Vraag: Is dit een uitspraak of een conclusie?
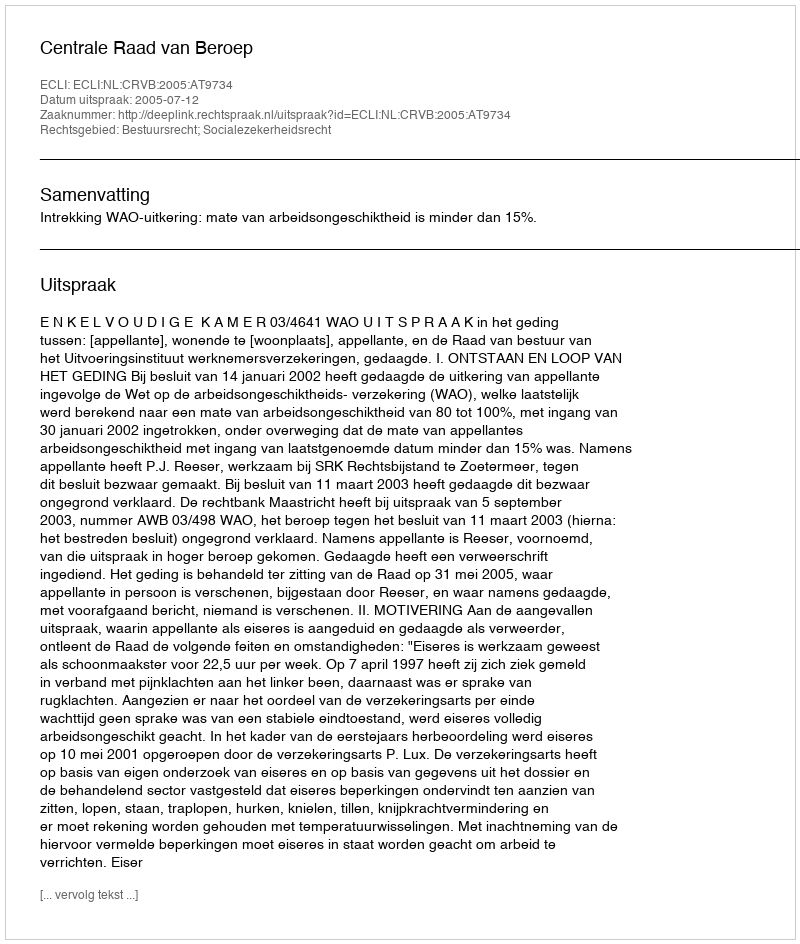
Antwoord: Uitspraak